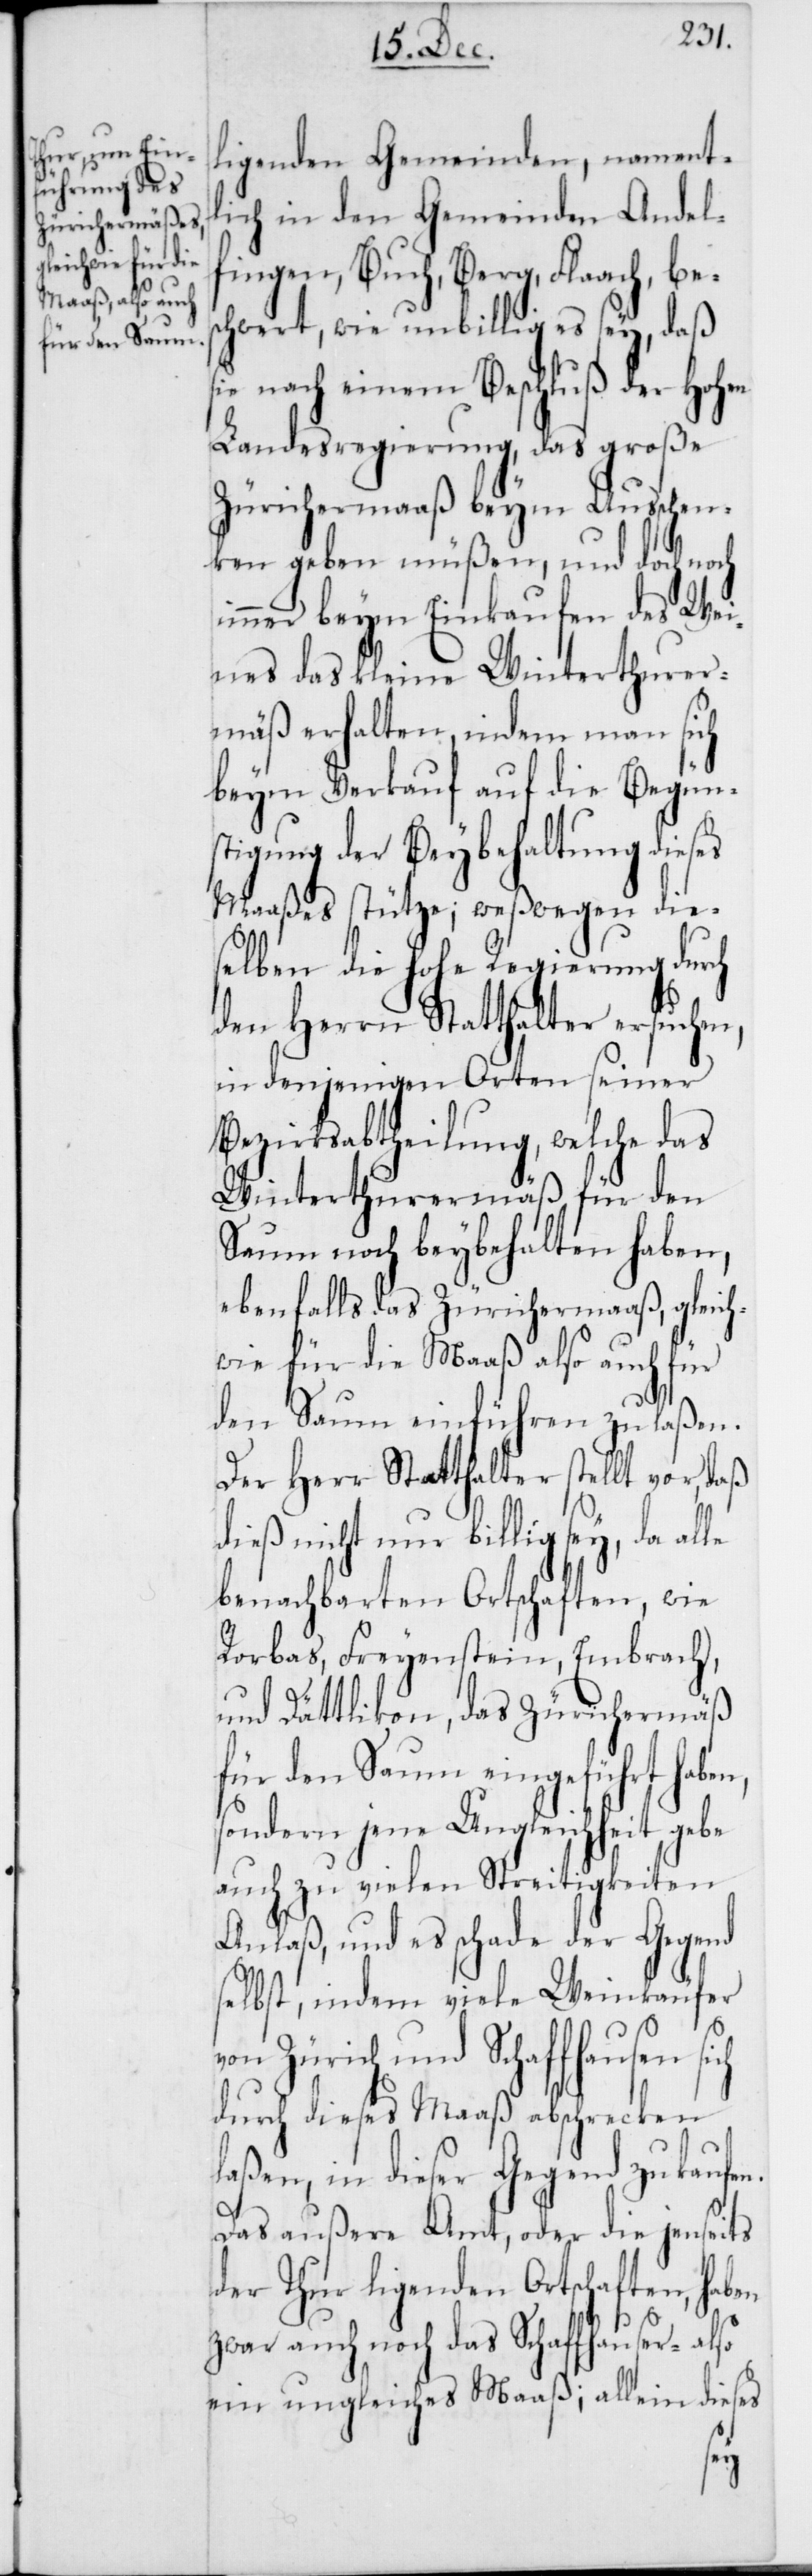
n.
ligenden Gemeinden, nament¬
lich in den Gemeinden Andel¬
fingen, Buch, Berg, Flaach, bes¬
chwert, wie unbillig es sey, daß
sie nach einem Beschluß der Hohen
Landesregierung, das große
Zürichermaaß beym Ausschen¬
ken geben müßen, und doch noch
immer beym Einkaufen des We¬
ines das kleine Winte¬
mäß erhalten, indem man sich
beim Verkauf auf die Begün¬
stigung der Beybehaltung dieses
Maaßes stütze; weßwegen die¬
selben die Hohe Regierung durch
den Herrn Statthalter ersuchen,
in denjenigen Orten seiner
Bezirksabtheilung, welche das
Winterthurermäß für den
Saum noch beybehalten haben,
ebenfalls das Zürichermaaß, gleich¬
wie für die Maaß also auch für
den Saum einführen zu laßen.
Der Herr Statthalter stellt vor, daß
nicht nur billig sey, da
benachbarten Ortschaften, wie
Rorbas, Freyenstein, Embrach,
und Dättlikon, das Zürichermäß
für den Saum eingeführt haben,
sondern jene Ungleichheit gebe
auch zu vielen Streitigkeiten
Anlaß, und es schade der Gegend
selbst, indem viele Weinkäufer
von Zürich und Schaffhausen sich
durch dieses Maaß abschrecken
laßen, in dieser Gegend zu kaufe¬
Das außere Amt, oder die jenseits
der Thur ligenden Ortschaften, haben
zwar auch noch das Schaffhauser-[,]
ein ungleiches Maaß; allein dieses